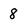
Character: 8